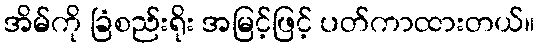
အိမ်ကို ခြံစည်းရိုး အမြင့်ဖြင့် ပတ်ကာထားတယ်။